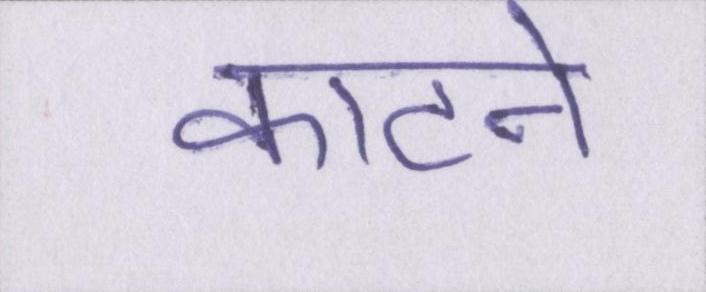
काटने